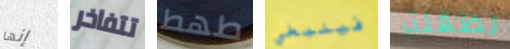
إنها تتفاخر طھط فينبغي لطفلة